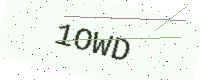
Text: 1OWD